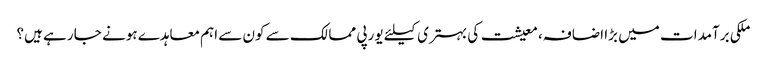
ملکی برآمدات میں بڑا اضافہ، معیشت کی بہتری کیلئے یورپی ممالک سے کون سے اہم معاہدے ہونے جا رہے ہیں؟